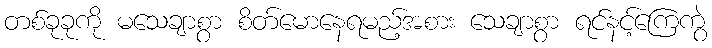
တစ်ခုခုကို မသေချာစွာ စိတ်မောနေရမည့်အစား သေချာစွာ ရင်နင့်ကြေကွဲ